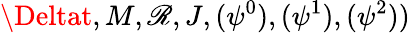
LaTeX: \Deltat,M,\mathscr{R},J,(\psi^{0}),(\psi^{1}),(\psi^{2}))